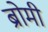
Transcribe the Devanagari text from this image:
ब्रोमी